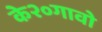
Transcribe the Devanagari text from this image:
के२०गावो